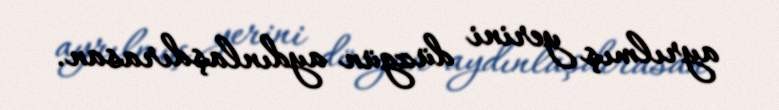
ayrılmış yerini düzgün aydınlaşdırasan.